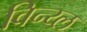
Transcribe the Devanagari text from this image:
विन्य्ल